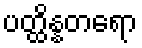
ပတ္ထိန္နတရော